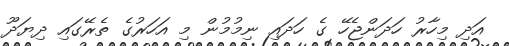
އަދި މިހާރު ހަދަންޖެހޭ ގެ ހަދައި ނިމުމުން މި އަހަރުގެ ތެރޭގައި ދިޔަދޫ